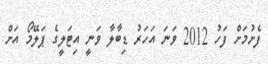
ފެށުމަށް ފަހު 2012 ވަނަ އަހަރު ޑިބާލާ ވަނީ އިޓަލީގެ ޕަލޭމޯ އަށް